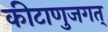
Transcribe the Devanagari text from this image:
कीटाणुजगत्